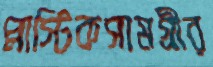
প্লাস্টিকসামগ্রীর